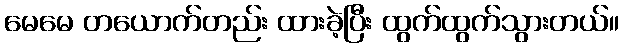
မေမေ တယောက်တည်း ထားခဲ့ပြီး ထွက်ထွက်သွားတယ်။